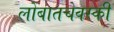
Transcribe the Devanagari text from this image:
लोबातचेवस्की